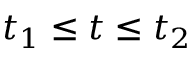
t _ { 1 } \leq t \leq t _ { 2 }